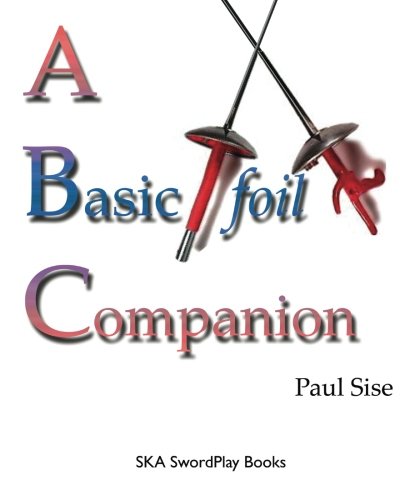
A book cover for A Basic Foil Companion; Paul Sise; Sports & Outdoors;